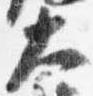
大